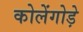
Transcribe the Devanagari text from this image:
कोलेंगोड़े